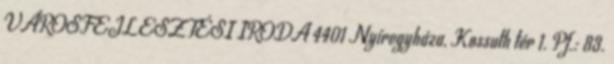
VÁROSFEJLESZTÉSI IRODA 4401 Nyíregyháza, Kossuth tér 1. Pf.: 83.